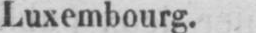
Luxembourg.